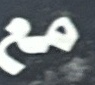
مع